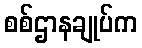
စစ်ဌာနချုပ်က